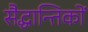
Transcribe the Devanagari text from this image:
सैद्धान्तिकों